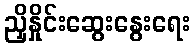
ညှိနှိုင်းဆွေးနွေးရေး